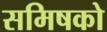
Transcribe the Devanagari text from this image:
समिषको